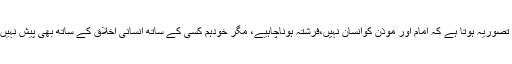
ہمارا تصوریہ ہوتا ہے کہ امام اور موذن کوانسان نہیں،فرشتہ ہوناچاہیے، مگر خودہم کسی کے ساتھ انسانی اخلاق کے ساتھ بھی پیش نہیں آتے۔